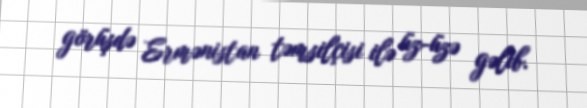
görüşdə Ermənistan təmsilçisi ilə üz-üzə gəlib.